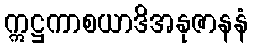
ဣဋ္ဌကာစယာဒိအနုဇာနနံ